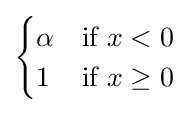
{\begin{cases}\alpha &{\text{if }}x<0\\1&{\text{if }}x\geq 0\end{cases}}